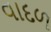
વાદળ